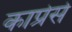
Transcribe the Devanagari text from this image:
काप्रेसे